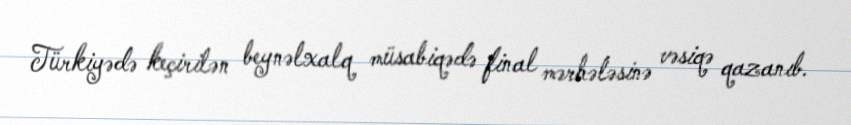
Türkiyədə keçirilən beynəlxalq müsabiqədə final mərhələsinə vəsiqə qazanıb.